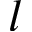
l